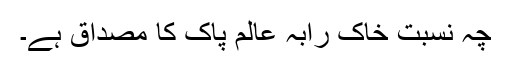
چہ نسبت خاک رابہ عالم پاک کا مصداق ہے۔